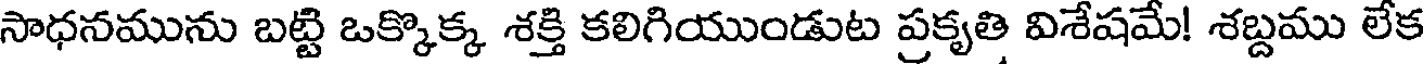
సాధనమును బట్టి ఒక్కొక్క శక్తి కలిగియుండుట ప్రకృతి విశేషమే! శబ్దము లేక